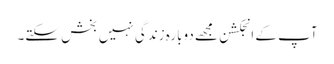
آپ کے انجکشن مجھے دوبارہ زندگی نہیں بخش سکتے۔